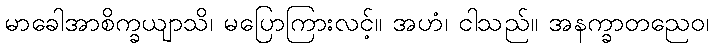
မာခေါအာစိက္ခယျာသိ၊ မပြောကြားလင့်။ အဟံ၊ ငါသည်။ အနက္ခာတညေဝ၊